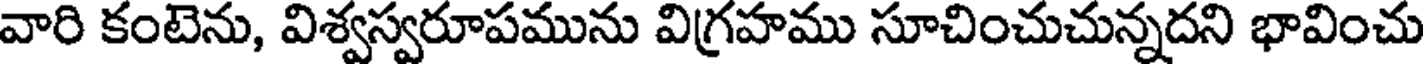
వారి కంటెను, విశ్వస్వరూపమును విగ్రహము సూచించుచున్నదని భావించు